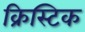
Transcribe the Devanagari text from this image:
क्रिस्टिक